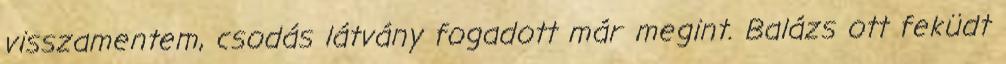
visszamentem, csodás látvány fogadott már megint. Balázs ott feküdt